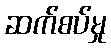
ဆက်စပ်မှု